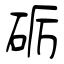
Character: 砺